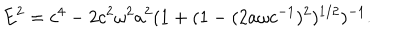
E ^ { 2 } = c ^ { 4 } - 2 c ^ { 2 } \omega ^ { 2 } a ^ { 2 } ( 1 + ( 1 - ( 2 a \omega c ^ { - 1 } ) ^ { 2 } ) ^ { 1 / 2 } ) ^ { - 1 } .